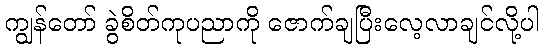
ကျွန်တော် ခွဲစိတ်ကုပညာကို ဇောက်ချပြီးလေ့လာချင်လို့ပါ